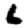
Digit: 6